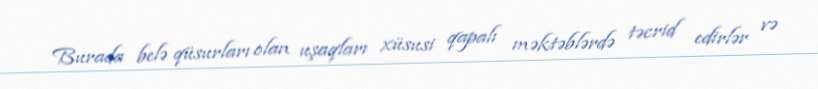
Burada belə qüsurları olan uşaqları xüsusi qapalı məktəblərdə təcrid edirlər və